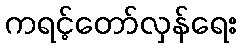
ကရင့်တော်လှန်ရေး